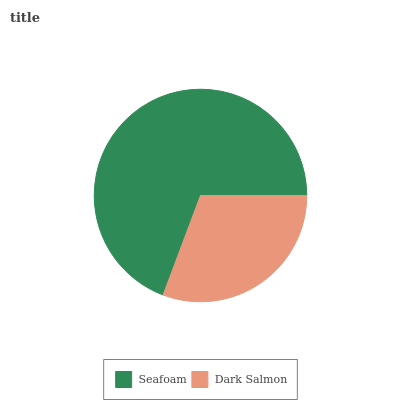
| Seafoam | Dark Salmon |
 | --- | --- |
 | 69.3% | 30.7% |